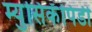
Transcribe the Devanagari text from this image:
म्युसिकॅपिडी